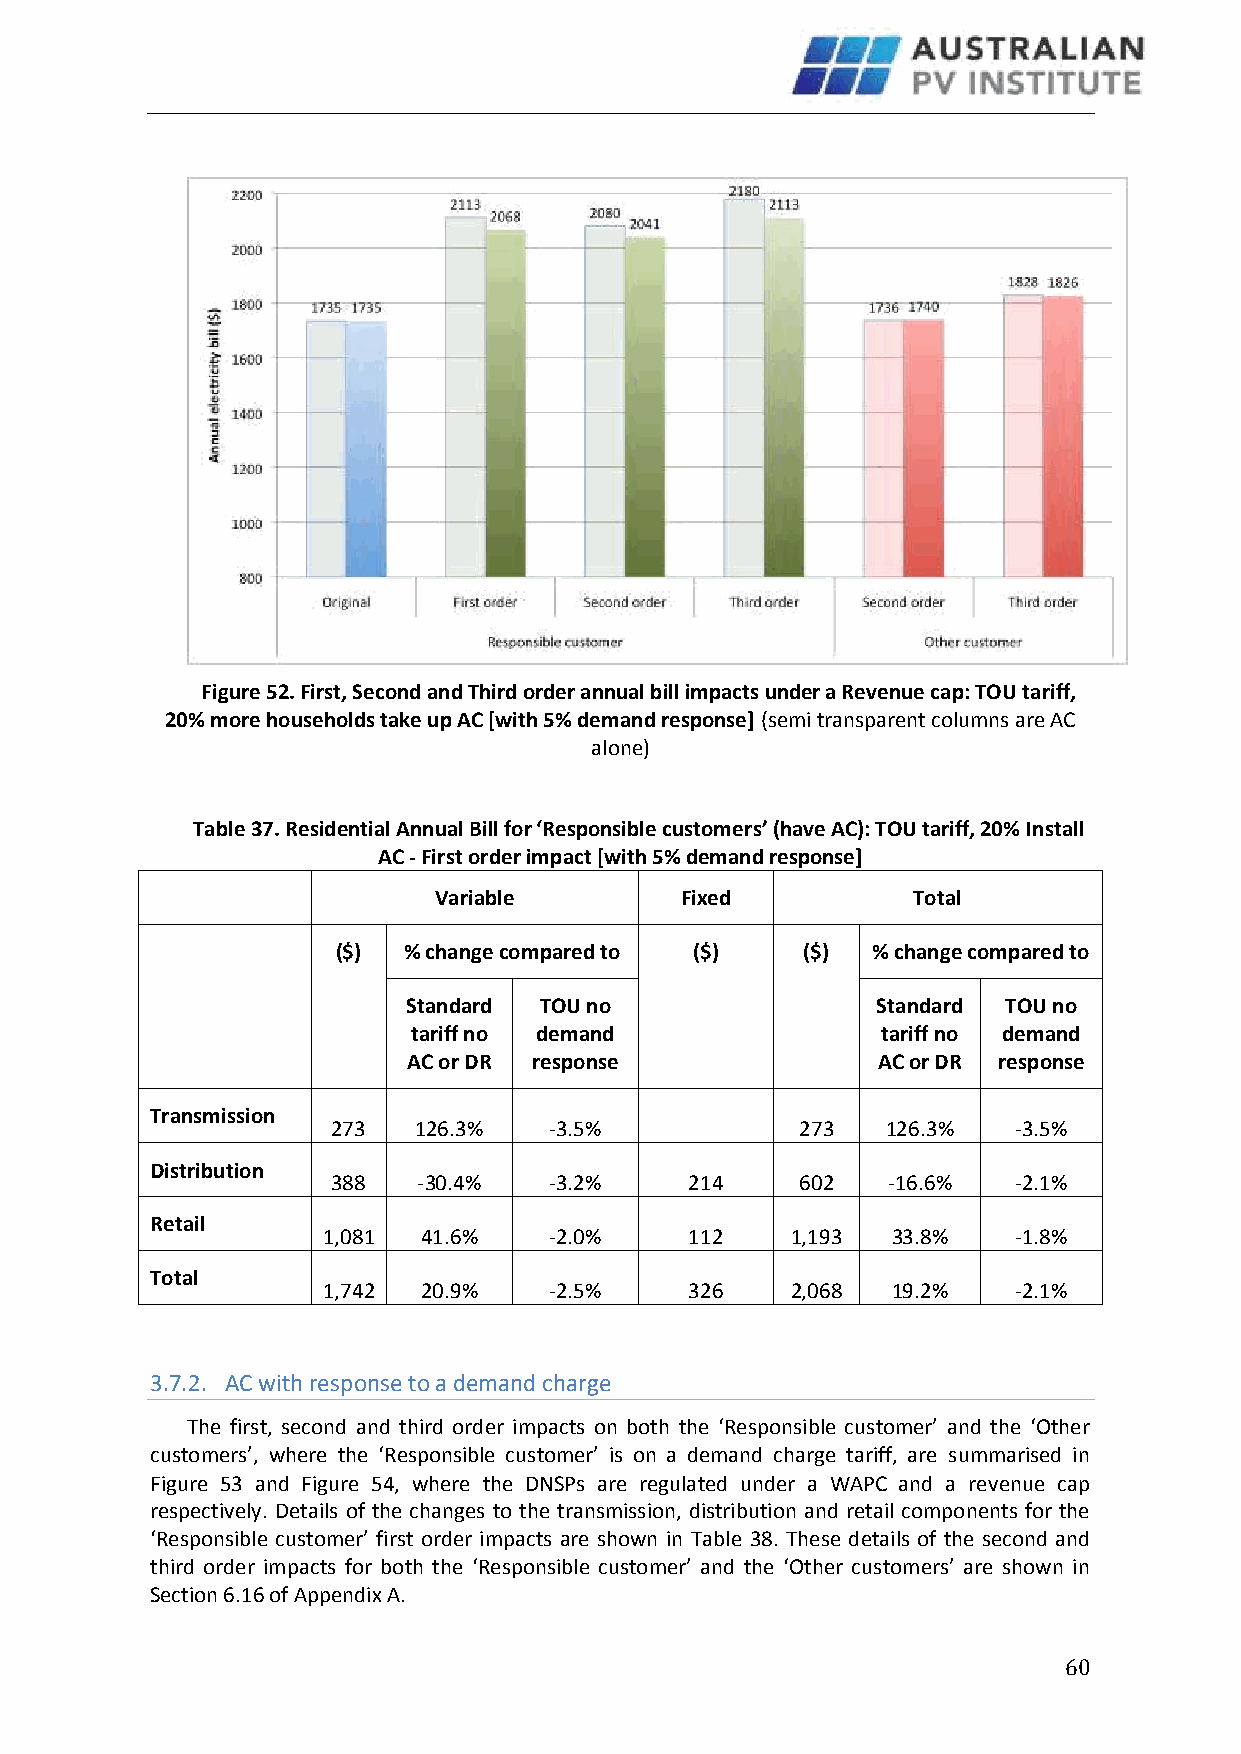
Figure 52. First, Second and Third order annual bill impacts under a Revenue cap: TOU tariff,
 20% more households take up AC [with 5% demand response] (semi transparent columns are AC
 alone)
 Table 37. Residential Annual Bill for ‘Responsible customers’ (have AC): TOU tariff, 20% Install
 AC - First order impact [with 5% demand response]
 Variable        Fixed          Total
 ($)  % change compared to ($)  ($)  % change compared to
 Standard TOU no                Standard TOU no
 tariff no demand               tariff no demand
 AC or DR response              AC or DR response
 Transmission
 273  126.3%   -3.5%            273   126.3%  -3.5%
 Distribution
 388   -30.4%  -3.2%     214    602   -16.6%  -2.1%
 Retail
 1,081  41.6%   -2.0%     112   1,193  33.8%   -1.8%
 Total
 1,742  20.9%   -2.5%     326   2,068  19.2%   -2.1%
 3.7.2. AC with response to a demand charge
 The first, second and third order impacts on both the ‘Responsible customer’ and the ‘Other
 customers’, where the ‘Responsible customer’ is on a demand charge tariff, are summarised in
 Figure 53 and Figure 54, where the DNSPs are regulated under a WAPC and a revenue cap
 respectively. Details of the changes to the transmission, distribution and retail components for the
 ‘Responsible customer’ first order impacts are shown in Table 38. These details of the second and
 third order impacts for both the ‘Responsible customer’ and the ‘Other customers’ are shown in
 Section 6.16 of Appendix A.
 60